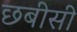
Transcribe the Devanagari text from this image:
छबीसी